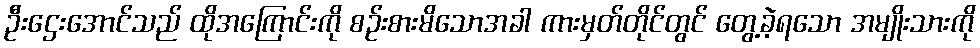
ဦးဌေးအောင်သည် ထိုအကြောင်းကို စဉ်းစားမိသောအခါ ကားမှတ်တိုင်တွင် တွေ့ခဲ့ရသော အမျိုးသားကို